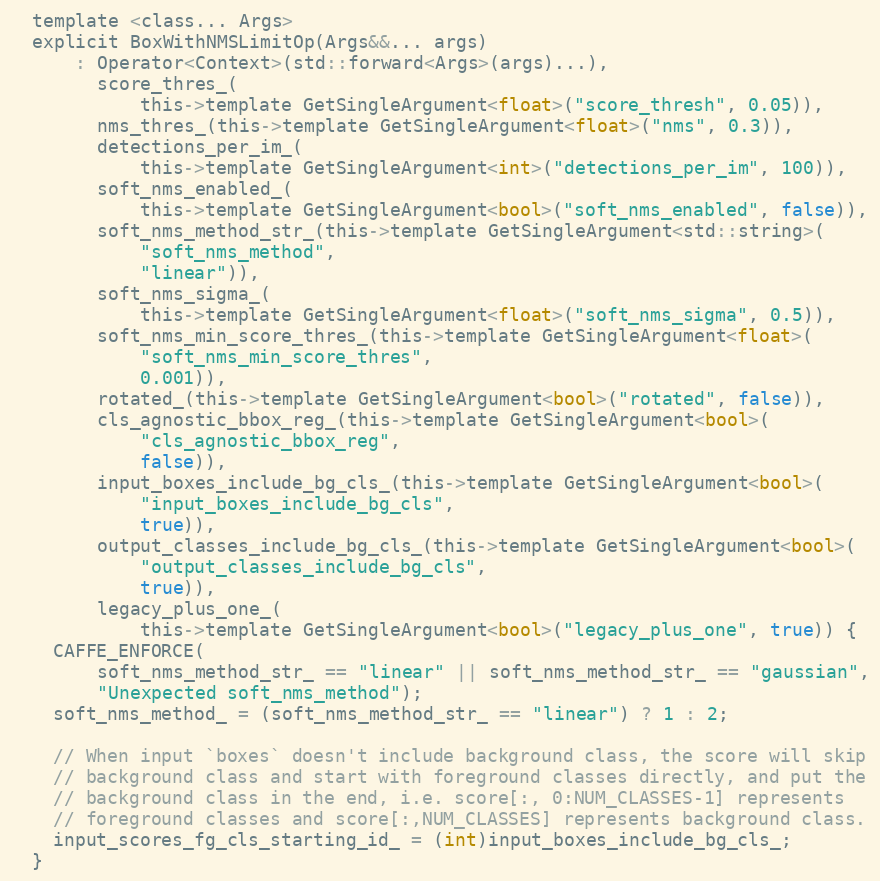
Language: C
  template <class... Args>
  explicit BoxWithNMSLimitOp(Args&&... args)
      : Operator<Context>(std::forward<Args>(args)...),
        score_thres_(
            this->template GetSingleArgument<float>("score_thresh", 0.05)),
        nms_thres_(this->template GetSingleArgument<float>("nms", 0.3)),
        detections_per_im_(
            this->template GetSingleArgument<int>("detections_per_im", 100)),
        soft_nms_enabled_(
            this->template GetSingleArgument<bool>("soft_nms_enabled", false)),
        soft_nms_method_str_(this->template GetSingleArgument<std::string>(
            "soft_nms_method",
            "linear")),
        soft_nms_sigma_(
            this->template GetSingleArgument<float>("soft_nms_sigma", 0.5)),
        soft_nms_min_score_thres_(this->template GetSingleArgument<float>(
            "soft_nms_min_score_thres",
            0.001)),
        rotated_(this->template GetSingleArgument<bool>("rotated", false)),
        cls_agnostic_bbox_reg_(this->template GetSingleArgument<bool>(
            "cls_agnostic_bbox_reg",
            false)),
        input_boxes_include_bg_cls_(this->template GetSingleArgument<bool>(
            "input_boxes_include_bg_cls",
            true)),
        output_classes_include_bg_cls_(this->template GetSingleArgument<bool>(
            "output_classes_include_bg_cls",
            true)),
        legacy_plus_one_(
            this->template GetSingleArgument<bool>("legacy_plus_one", true)) {
    CAFFE_ENFORCE(
        soft_nms_method_str_ == "linear" || soft_nms_method_str_ == "gaussian",
        "Unexpected soft_nms_method");
    soft_nms_method_ = (soft_nms_method_str_ == "linear") ? 1 : 2;

    // When input `boxes` doesn't include background class, the score will skip
    // background class and start with foreground classes directly, and put the
    // background class in the end, i.e. score[:, 0:NUM_CLASSES-1] represents
    // foreground classes and score[:,NUM_CLASSES] represents background class.
    input_scores_fg_cls_starting_id_ = (int)input_boxes_include_bg_cls_;
  }